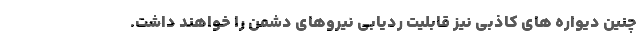
چنین دیواره های کاذبی نیز قابلیت ردیابی نیروهای دشمن را خواهند داشت.